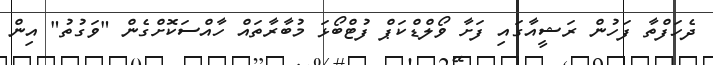
ދެހަފްތާ ފަހުން ރަޝީއާގައި ފަށާ ވޯލްޑްކަޕް ފުޓްބޯޅަ މުބާރާތައް ހާއްސަކޮށްގެން "ވަގުތު" އިން